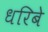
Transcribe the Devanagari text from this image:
धरिबे